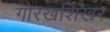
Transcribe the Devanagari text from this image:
गोरखशिखर